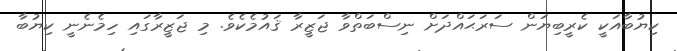
ކިޔުބާއަކީ ކެރީބިޔަން ސަރަޙައްދަށް ނިސްބަތްވާ ޖަޒީރާ ޤައުމެކެވެ. މި ޖަޒީރާގައި ހިމެނެނީ ކިޔުބާ